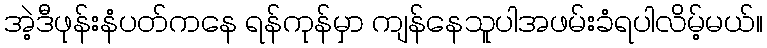
အဲ့ဒီဖုန်းနံပတ်ကနေ ရန်ကုန်မှာ ကျန်နေသူပါအဖမ်းခံရပါလိမ့်မယ်။